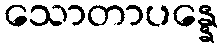
သောတာပန္နေ